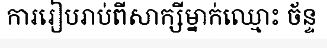
ការរៀបរាប់ពីសាក្សីម្នាក់ឈ្មោះ ច័ន្ទ